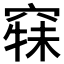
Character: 𱷍